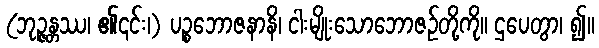
(ဘုဉ္ဇန္တဿ၊ ၏၎င်း၊) ပဉ္စဘောဇနာနိ၊ ငါးမျိုးသောဘောဇဉ်တို့ကို။ ဌပေတွာ၊ ၍။